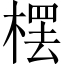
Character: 𣘓